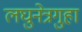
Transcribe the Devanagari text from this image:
लघुनेत्रगुहा